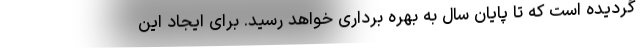
گردیده است که تا پایان سال به بهره برداری خواهد رسید. برای ایجاد این